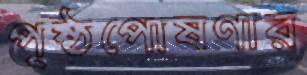
পৃষ্ঠপোষণার